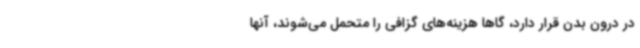
در درون بدن قرار دارد، گاهاً هزینه‌های گزافی را متحمل می‌شوند، آنها